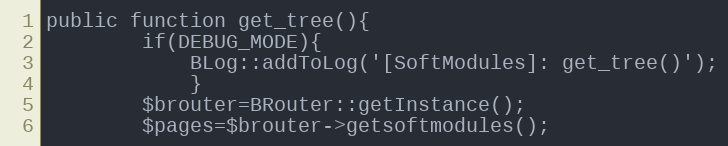
Language: PHP
public function get_tree(){
		if(DEBUG_MODE){
			BLog::addToLog('[SoftModules]: get_tree()');
			}
		$brouter=BRouter::getInstance();
		$pages=$brouter->getsoftmodules();